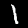
Label: 1